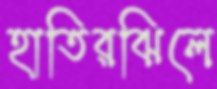
হাতিরঝিলে